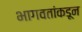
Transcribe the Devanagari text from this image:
भागवतांकडून